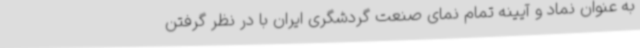
به عنوان نماد و آیینه تمام نمای صنعت گردشگری ایران با در نظر گرفتن